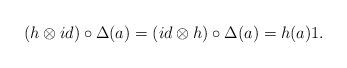
LaTeX: \begin{align*}(h \otimes id)\circ \Delta (a) = ( id \otimes h)\circ \Delta (a) = h(a) 1.\end{align*}